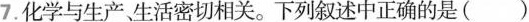
7.化学与生产生活密切相关。下列叙述中正确的是( )